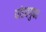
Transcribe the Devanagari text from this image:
पांडवगुफा